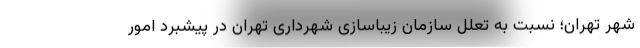
شهر تهران؛ نسبت به تعلل سازمان زیباسازی شهرداری تهران در پیشبرد امور